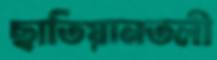
ছাতিয়ানতলী